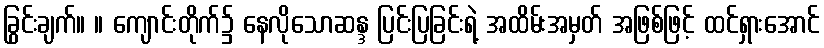
ခြွင်းချက်။ ။ ကျောင်းတိုက်၌ နေလိုသောဆန္ဒ ပြင်းပြခြင်းရဲ့ အထိမ်းအမှတ် အဖြစ်ဖြင့် ထင်ရှားအောင်